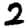
Digit: 2